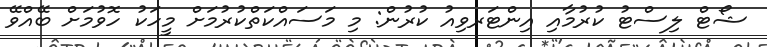
ޝޯޓް ލިސްޓު ކުރުމާއި އިންޓަރވިއު ކުރުން: މި މަސައްކަތްކުރުމަށް މީހަކު ހޮވުމަށް ބޭއްވޭ